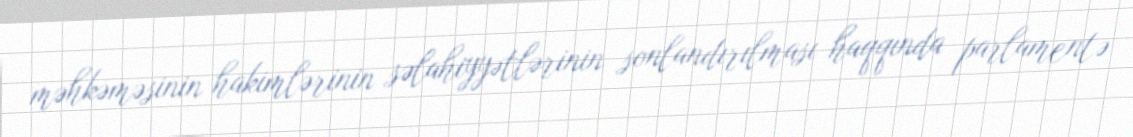
məhkəməsinin hakimlərinin səlahiyyətlərinin sonlandırılması haqqında parlamentə